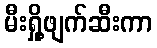
မီးရှို့ဖျက်ဆီးကာ